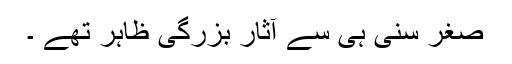
صغر سنی ہی سے آثار بزرگی ظاہر تھے ۔